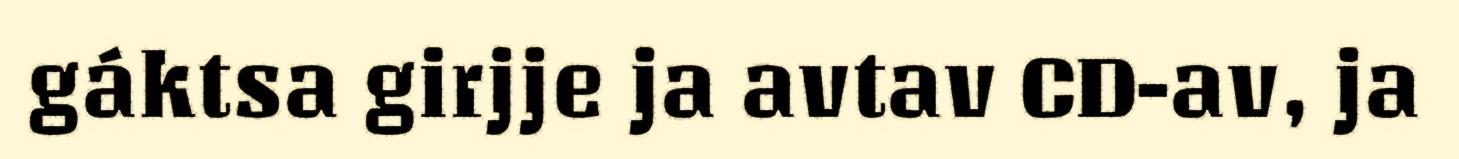
gáktsa girjje ja avtav CD-av, ja